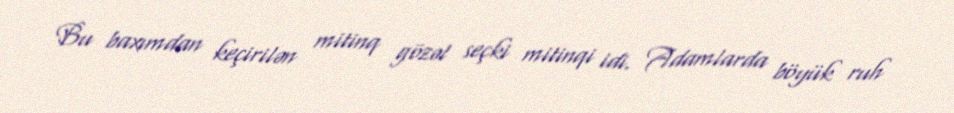
Bu baxımdan keçirilən mitinq gözəl seçki mitinqi idi. Adamlarda böyük ruh